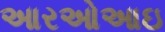
આરઓઆઇ